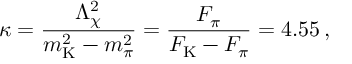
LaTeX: \kappa = \frac { \Lambda _ { \chi } ^ { 2 } } { m _ { \mathrm { K } } ^ { 2 } - m _ { \pi } ^ { 2 } } = \frac { F _ { \pi } } { F _ { \mathrm { K } } - F _ { \pi } } = 4 . 5 5 \, ,